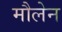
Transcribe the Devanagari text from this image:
मौलेन